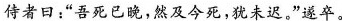
侍者日：”吾死已晚，然及今死，犹未迟。”遂卒。